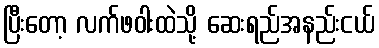
ပြီးတော့ လက်ဖဝါးထဲသို့ ဆေးရည်အနည်းငယ်